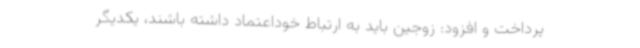
پرداخت و افزود: زوجین باید به ارتباط خوداعتماد داشته باشند، یکدیگر